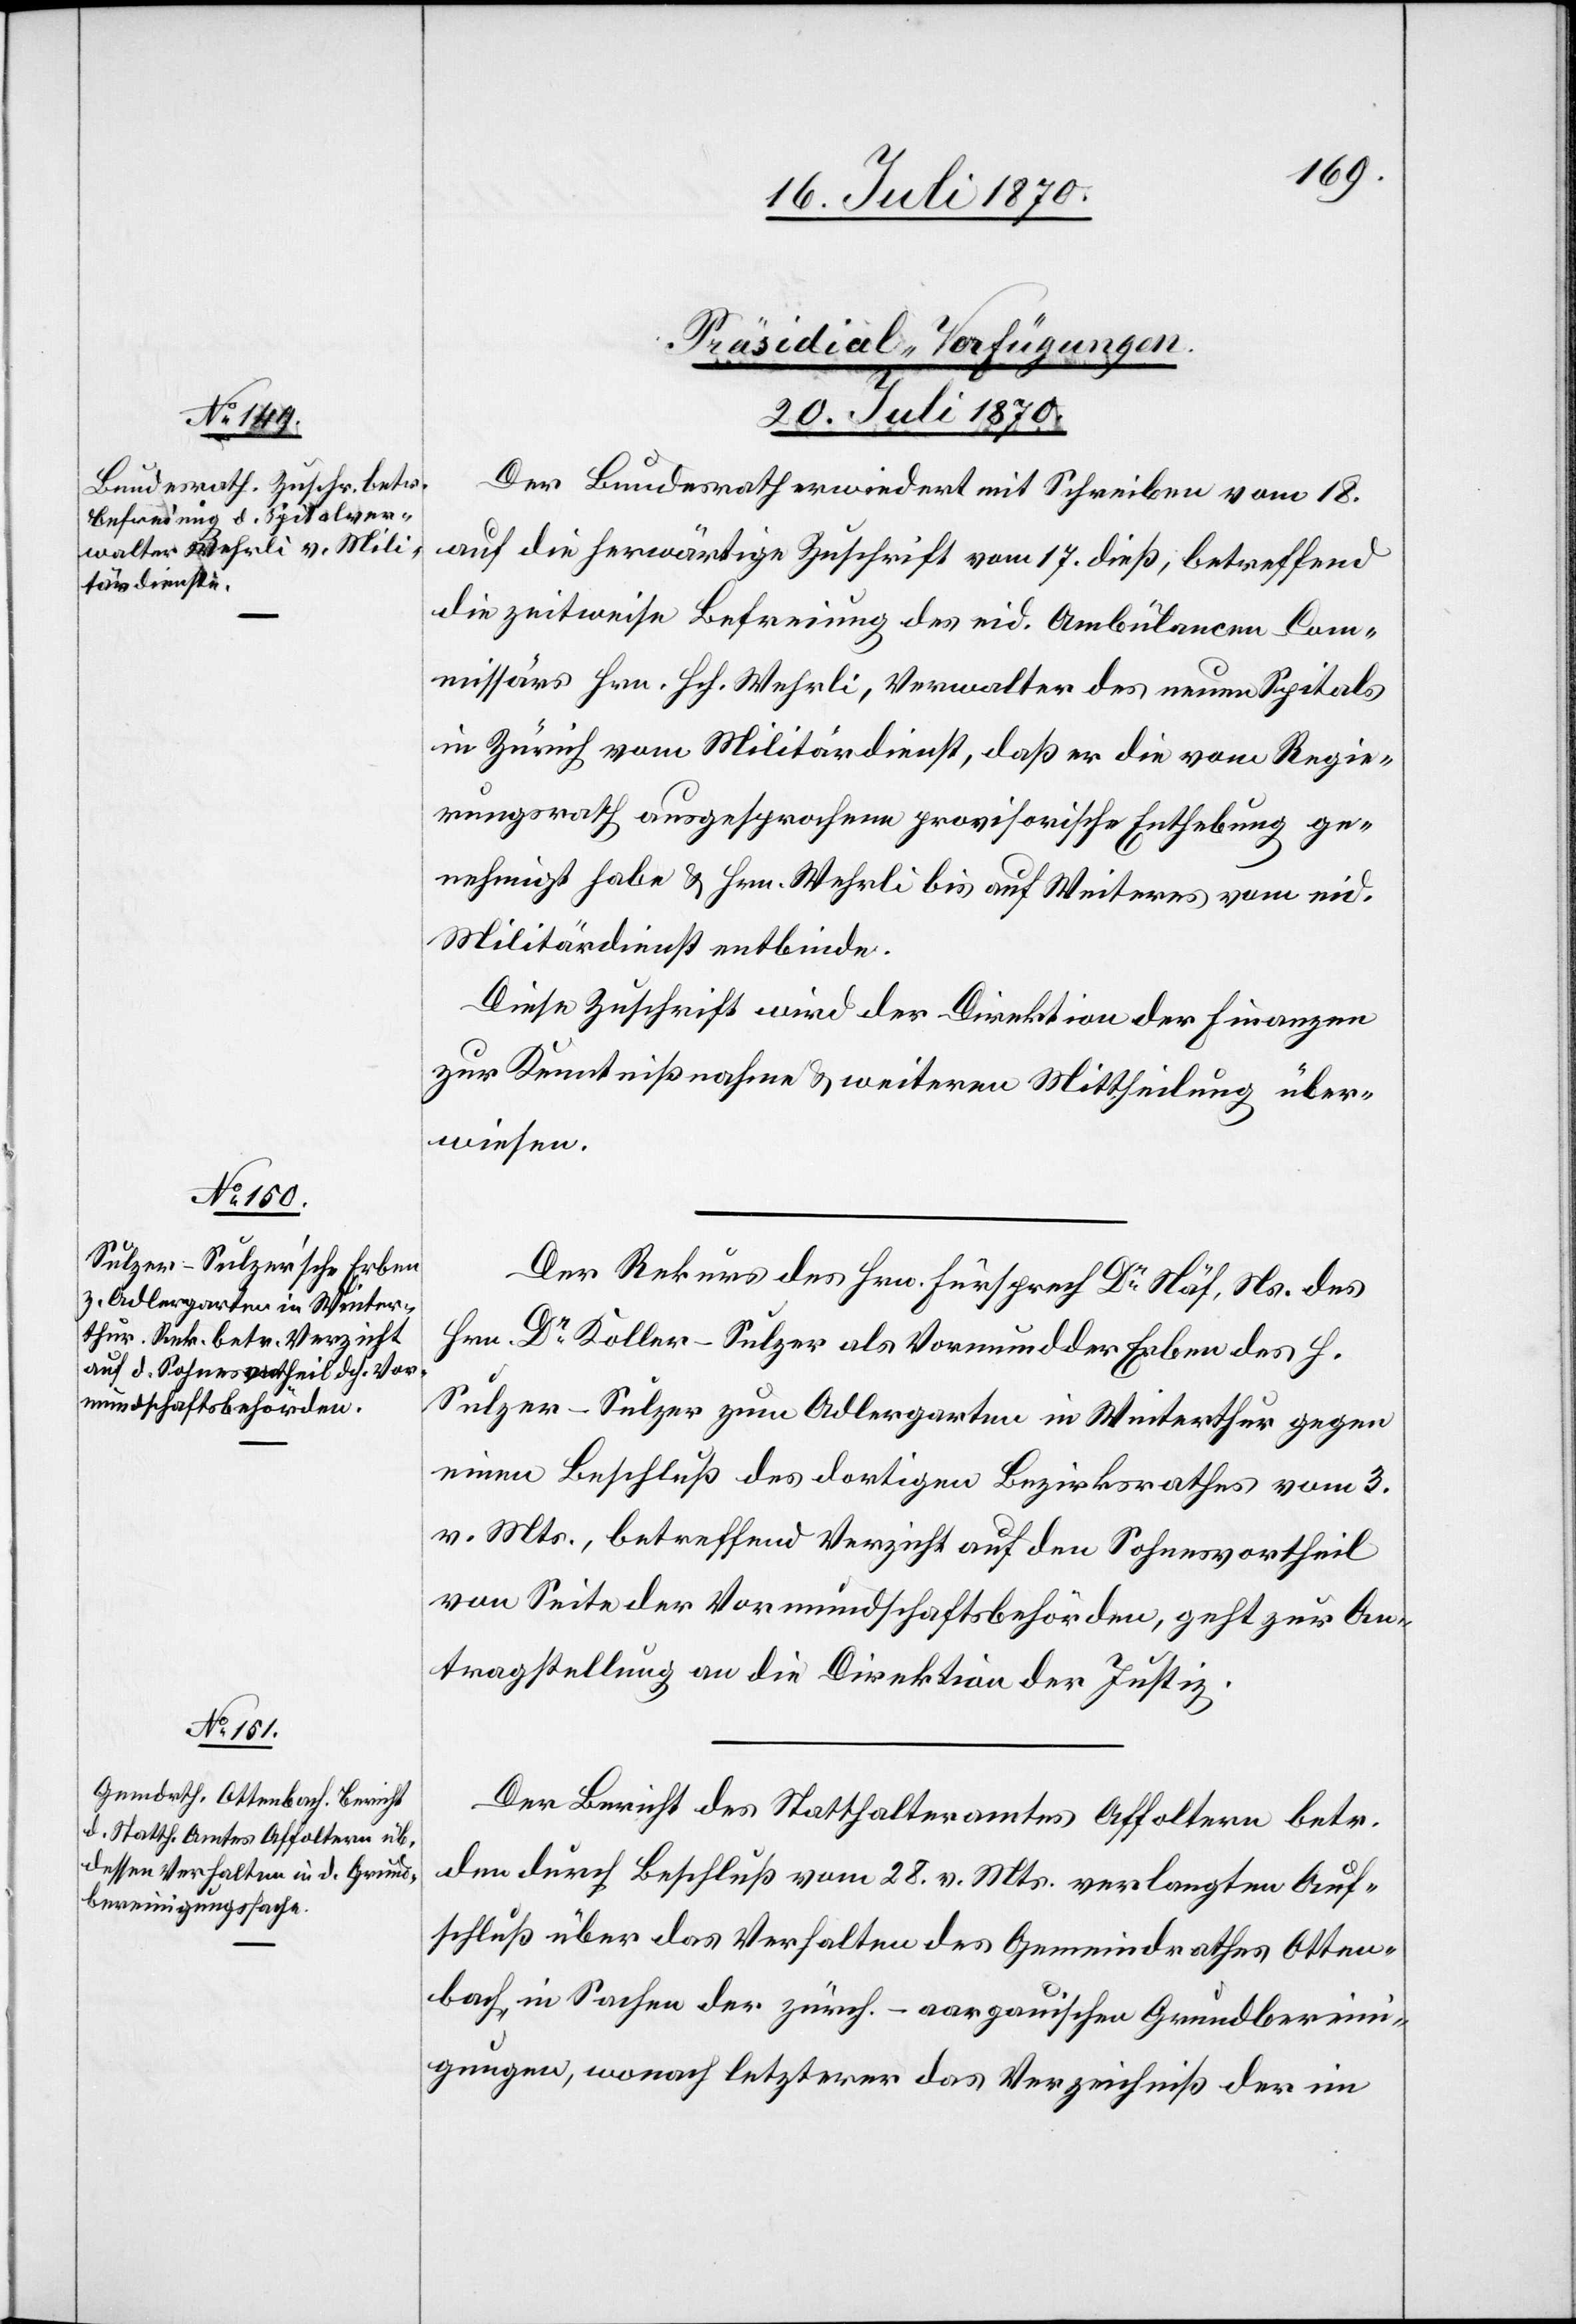
[Präsidial-Verfügungen.
20. Juli 1870.]
Der Bundesrath erwiedert mit Schreiben vom 18.
auf die herwärtige Zuschrift vom 17. dieß, betreffend
die zeitweise Befreiung des eid. Amülancen-Com¬
missärs Hrn. Hch. Wehrli, Verwalter des neuen Spitals
in Zürich vom Militärdienst, daß er die vom Regie¬
rungsrath ausgesprochene provisorische Enthebung ge¬
nehmigt habe & Hrn. Wehrli bis auf Weiteres vom eid.
Militärdienst entbinde.
Diese Zuschrift wird der Direktion der Finanzen
zur Kenntnißnahme & weiterer Mittheilung über¬
wiesen.
Der Rekurs des Hrn. Fürsprech Dr Näf, Ns. des
Hrn. Dr Koller-Sulzer als Vormund der Erben des H.
Sulzer-Sulzer zum Adlergarten in Winterthur gegen
einen Beschluß des dortigen Bezirksrathes vom 3.
v. Mts., betreffend Verzicht auf den Sohnesvortheil
von Seite der Vormundschaftsbehörden, geht zur An¬
tragstellung an die Direktion der Justiz.
Der Bericht des Statthalteramtes Affoltern betr.
den durch Beschluß vom 28. v. Mts. verlangen Auf¬
schluß über das Verhalten des Gemeindrathes Otten¬
bach, in Sachen der zürch.-aargauischen Grundberein¬
igungen, wonach letzterer das Verzeichniß der im